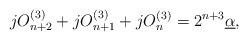
LaTeX: \begin{align*}jO_{n+2}^{(3)}+jO_{n+1}^{(3)}+jO_{n}^{(3)}=2^{n+3}\underline{\alpha},\end{align*}